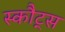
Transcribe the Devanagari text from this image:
स्कौट्स